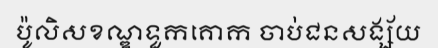
ប៉ូលិសខណ្ឌទួកគោក ចាប់ជនសង្ស័យ